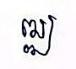
ឍ្ឍ